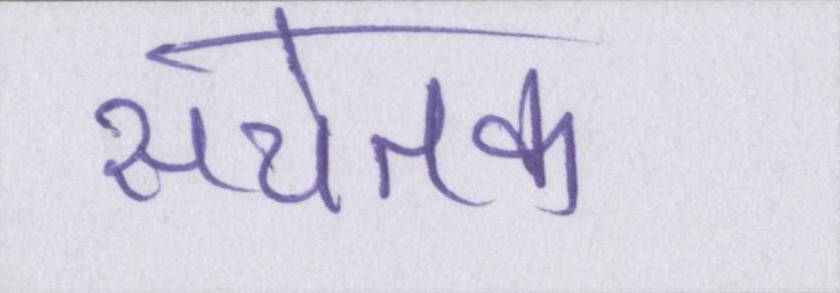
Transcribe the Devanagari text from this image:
सचेतक